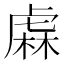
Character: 𧇃